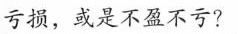
亏损，或是不盈不亏?